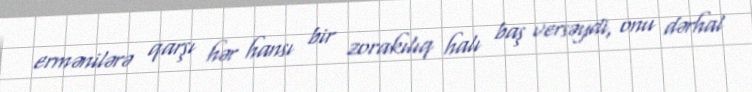
ermənilərə qarşı hər hansı bir zorakılıq halı baş versəydi, onu dərhal